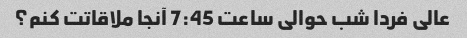
عالی فردا شب حوالی ساعت 7:45 آنجا ملاقاتت کنم؟